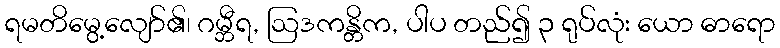
ရမတိမွေ့လျော်၏၊ ဂမ္ဘီရ, ဩဒကန္တိက, ပါပ တည်၍ ၃ ရုပ်လုံး ယော ဓာရော